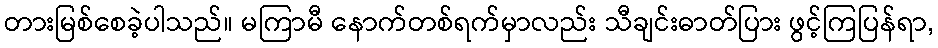
တားမြစ်စေခဲ့ပါသည်။ မကြာမီ နောက်တစ်ရက်မှာလည်း သီချင်းဓာတ်ပြား ဖွင့်ကြပြန်ရာ,